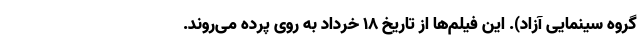
گروه سینمایی آزاد). این فیلم‌ها از تاریخ ۱۸ خرداد به روی پرده می‌روند.